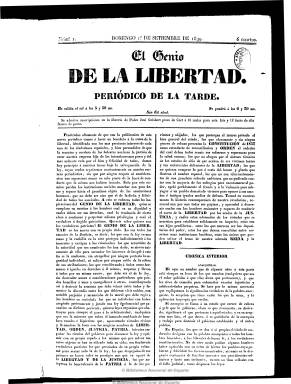
Título: El Genio de la libertad
Otros títulos: El Noticiero balear
Colección: Periódicos anteriores a 1850
Ámbito geográfico: Baleares
Lugar de publicación: Palma
Fechas: 01/09/1839-19/08/1857

Es uno de los principales diarios de las Baleares, de carácter informativo-político y adscrito al partido liberal-progresista. Aparece el uno de septiembre de 1839, fundado y dirigido por Pere Josep Gelabert Liebres,  siendo también su editor responsable durante la casi veintena de años de su existencia, saliendo de su propia imprenta, en la que se había asociado con Villalonga, y siendo su principal punto de venta la librería de la que también es propietario. Mantiene polémicas con el moderado El balear y el ultracatólico Diario de Palma.

Estructurado en secciones de noticias del extranjero y de España, para cuya confección utiliza extractos de otros periódicos, especialmente de los progresistas, pero también la correspondencia particular. Así como en noticias oficiales y locales, con un boletín de comercio e información sobre el movimiento portuario y la sección de teatros. También incluye avisos particulares y anuncios comerciales, llegando al final a completar la última plana con la publicidad. Publica asimismo artículos de fondo y otros de carácter divulgativo. Entre sus colaboradores destacan Miquel Quetgles, Jerónimo Bibilioni, Eduard Infante y Joan Palou Coll.

Como periódico vespertino, aparece generalmente en números de cuatro páginas, a veces de dos, y a dos, tres y cuatro columnas. A partir de 1844, deja de aparecer los domingos. Por los rigores impuestos por la ley de imprenta, desde el siete de julio de 1847 al 14 de enero de 1848, aparece por segunda vez en su lugar El noticiero balear, con numeración propia. Estampará también bajo su cabecera los lemas “Libertad, tolerancia y progreso” y “Unión liberal, Constitución y moralidad”. Tiene varias épocas y publica su último número el 19 de agosto de 1857, dejando de aparecer por los rigores impuestos por la ley de imprenta. En su lugar, su editor  impresor comenzará a publicar El isleño, que tendrá una prolongada existencia, desde 1857 a 1899.